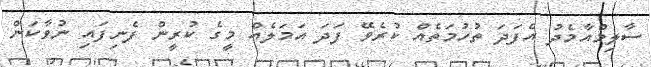
ސާލިމްއާމެދު އެފަދަ ތުހުމަތެއް ކުރެވޭ ފަދަ އަމަލެއް މީގެ ކުރީން ފެނިފައި ނުވާކަން